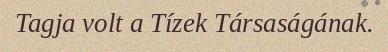
Tagja volt a Tízek Társaságának.